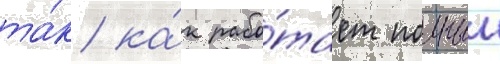
та́к ка́к рабо́тает полныи